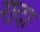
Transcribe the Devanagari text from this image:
रादा